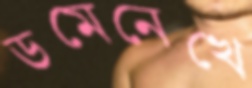
ডমেনেখে